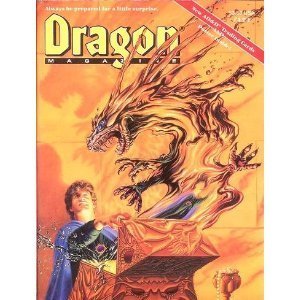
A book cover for Dragon Magazine, Series No. 171/July, 1991/With Ad & D Trading Cards and Poster; Roger E. Moore; Science Fiction & Fantasy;